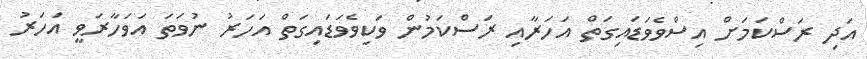
އަދި ރަސްކަމަށް އިސްވެވަޑައިގަތް އަހަރާއި ރަސްކަމުން ވަކިވެވަޑައިގަތް އަހަރު ނުވަތަ އަވަހާރަވީ އަހަރު